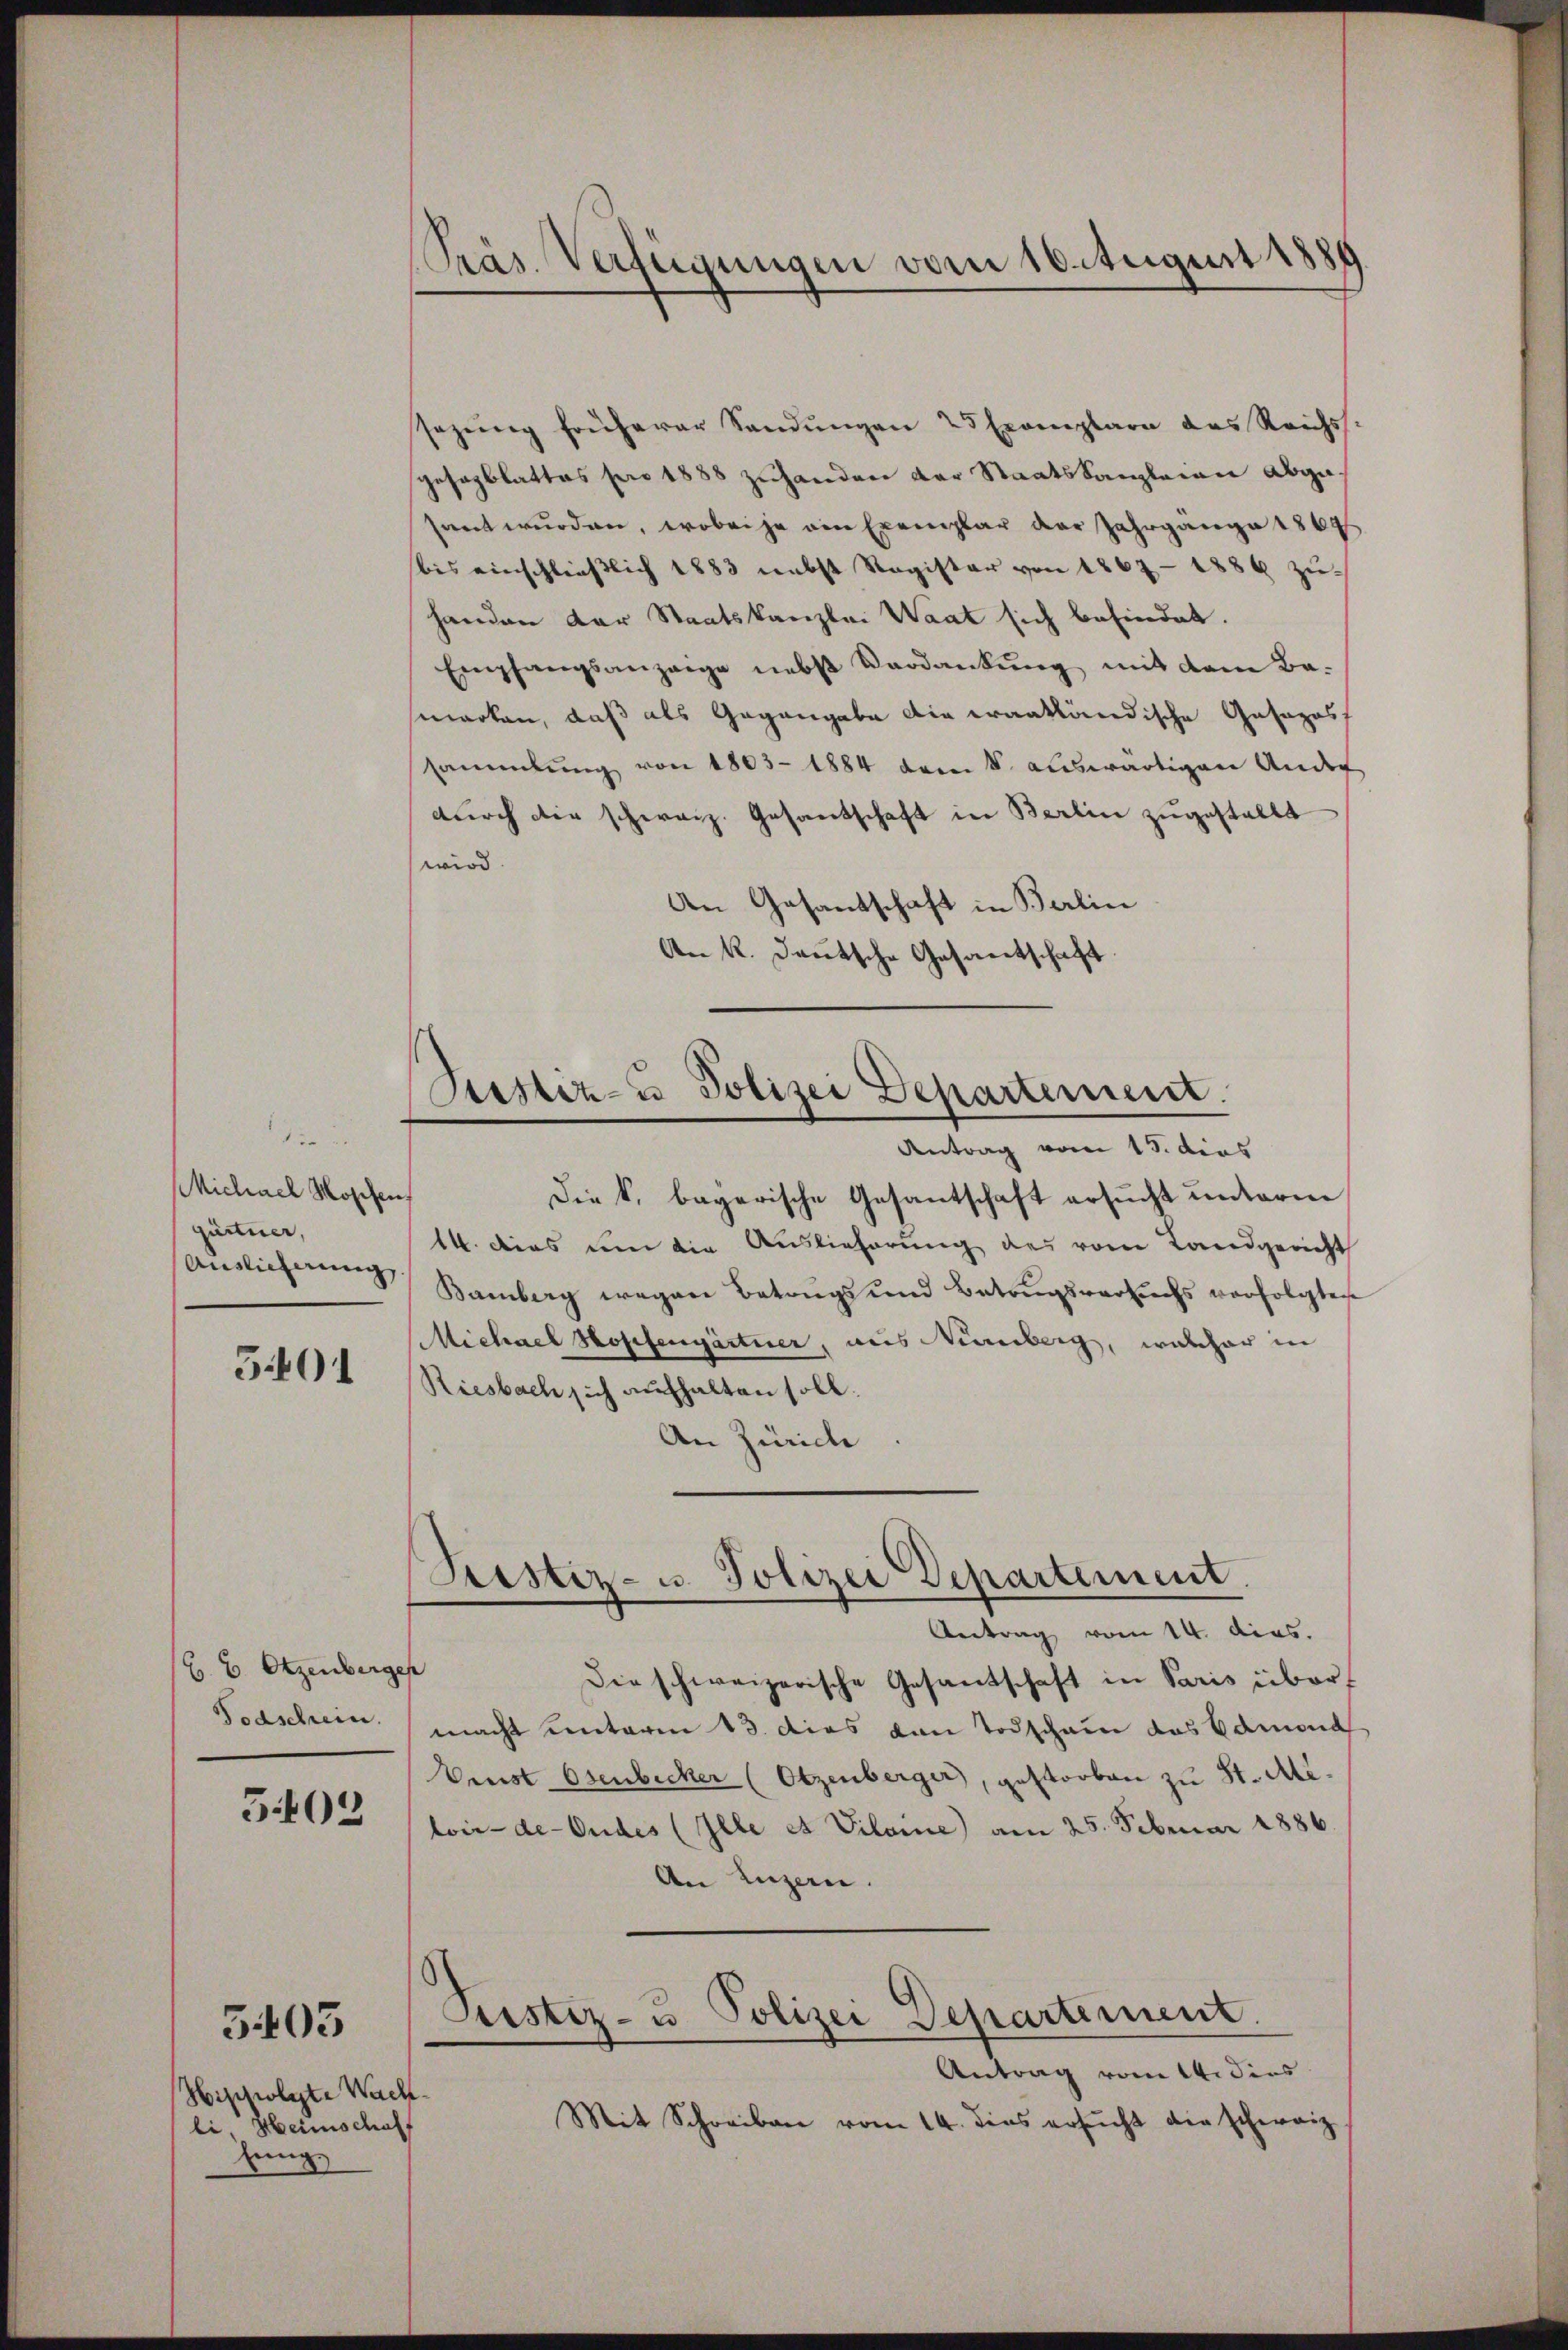
Michael Mossen
gärtner,
Auslicherung,

501

B. 6. Otzenberger
Todschrein.

503

Nischfolgte Wach
li, Heimschaff
Zeing

3405

Präs. Verfügungen vom 10. August 1885

sezŭng früherer Sandŭngen 25 Exemplare das Reichs.
gesagblattes pro 1888 zuhanden der Staatskanzleien Abgafort wurden, wobei je ein Exemplar der Jahrgange 1869
bis einschließlich 1883 nebst Register von 1867 - 1889 zu-
handen der Staatskanzlei Waat sich befindet.
Empfangsanzaige nebst Verdankŭng mit dem Ba-
marken, daß als Gegengabe die erantländische Gesages
sammlung von 1803 - 1884 dem 8. auswärtigen Ander
durch die schweiz. Gesandschaft in Berlin zugestellt
wird.
An Gesantschaft in Berlin
An K. Deutsche Gesantschaft

Testiz- u Polizei Departement.

Antrag vom 15. dies
Die k. bagarische Gesantschaft ersucht unterne
14. dies um die Auslieferung des vom Landgericht
Bamberg wegen Betrags und Betrugsversuchs verfolgten
Michael Hosefengärtner, aus Nürnberg, welcher in
Riesbach sich aufhalten soll.
An Zürich
Die schweizerische Gesandschaft in Paris übermacht unterm 13. dies von Todschain das Samona
Verst Osenbecker (Otzenberger, gestorben zu St. Miloir-de-Oudes (Ille et Vilome) am 25. Februar 1886
An Luzern.
Pristiz- u Polizei Departement.
Antrag vom 14. dies
Mit Schreiben vom 14. dies ersucht die schweiz

Sistiz- u. Polizei Departement.
Antrag vom 14. dies.